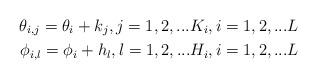
LaTeX: \begin{align*}\theta_{i,j} = \theta_i+k_j, j = 1,2,...K_i, i=1,2,...L\\\phi_{i,l} = \phi_i+h_l, l = 1,2,...H_i, i=1,2,...L\end{align*}